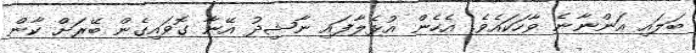
ބަލައި އަންނާނެ ވާހަކައެވެ. އެހެން އުޅެލާފައި ނާޝިދު އޭނާ ގޮވައިގެން ބޭރަށް ކާން